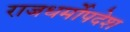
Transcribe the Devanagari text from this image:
राजधर्मोपदेश